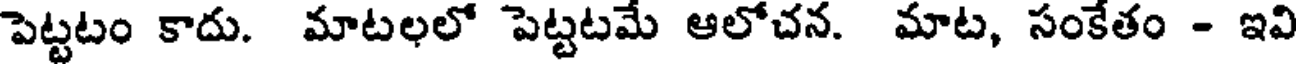
పెట్టటం కాదు. మాటలలో పెట్టటమే ఆలోచన. మాట, సంకేతం - ఇవి